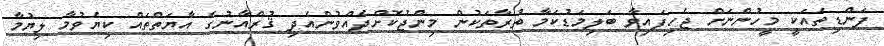
ފަންޑިތައަކީ މީހުންނަށް ޖެހިފައިވާ ބަލިމަޑުކަމާ ތުރާތަކުން މިންޖުކޮށްދެއްވުންއެދި ޤުރްއާނުގެ އާޔަތްތައް ކިޔެވުމާ ލިޔުމާ